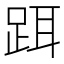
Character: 𬦮